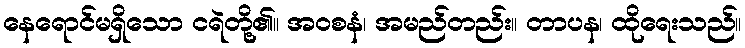
နေရောင်မရှိသော ငရဲတို့၏။ အဝစနံ၊ အမည်တည်း။ တာပန၊ ထိုရေးသည်။